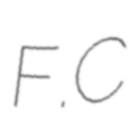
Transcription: F.C